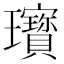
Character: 𤫞